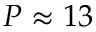
P \approx 1 3